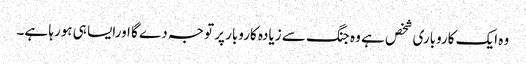
وہ ایک کاروباری شخص ہے وہ جنگ سے زیادہ کاروبار پر توجہ دے گا اورایسا ہی ہورہا ہے۔